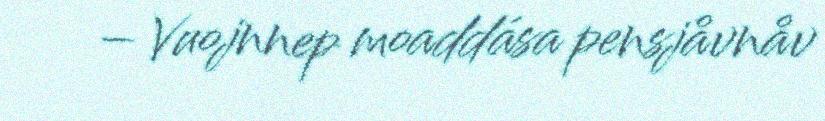
– Vuojnnep moaddása pensjåvnåv